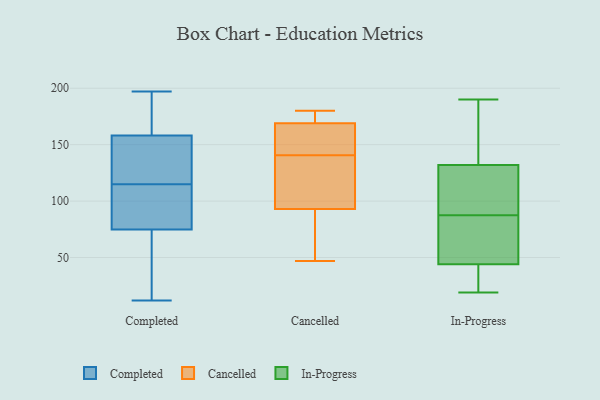
{"axis": {"x": "Production Output", "y": "Value"}, "legend": ["Cancelled", "Completed", "In-Progress"], "data": [{"x": "", "y": 135, "type": "Completed"}, {"x": "", "y": 74, "type": "Completed"}, {"x": "", "y": 28, "type": "Completed"}, {"x": "", "y": 197, "type": "Completed"}, {"x": "", "y": 173, "type": "Completed"}, {"x": "", "y": 153, "type": "Completed"}, {"x": "", "y": 111, "type": "Completed"}, {"x": "", "y": 128, "type": "Completed"}, {"x": "", "y": 84, "type": "Completed"}, {"x": "", "y": 150, "type": "Completed"}, {"x": "", "y": 177, "type": "Completed"}, {"x": "", "y": 115, "type": "Completed"}, {"x": "", "y": 32, "type": "Completed"}, {"x": "", "y": 12, "type": "Completed"}, {"x": "", "y": 83, "type": "Completed"}, {"x": "", "y": 75, "type": "Completed"}, {"x": "", "y": 187, "type": "Completed"}, {"x": "", "y": 104, "type": "Cancelled"}, {"x": "", "y": 180, "type": "Cancelled"}, {"x": "", "y": 156, "type": "Cancelled"}, {"x": "", "y": 125, "type": "Cancelled"}, {"x": "", "y": 167, "type": "Cancelled"}, {"x": "", "y": 61, "type": "Cancelled"}, {"x": "", "y": 93, "type": "Cancelled"}, {"x": "", "y": 169, "type": "Cancelled"}, {"x": "", "y": 47, "type": "Cancelled"}, {"x": "", "y": 173, "type": "Cancelled"}, {"x": "", "y": 24, "type": "In-Progress"}, {"x": "", "y": 20, "type": "In-Progress"}, {"x": "", "y": 132, "type": "In-Progress"}, {"x": "", "y": 124, "type": "In-Progress"}, {"x": "", "y": 145, "type": "In-Progress"}, {"x": "", "y": 84, "type": "In-Progress"}, {"x": "", "y": 114, "type": "In-Progress"}, {"x": "", "y": 91, "type": "In-Progress"}, {"x": "", "y": 72, "type": "In-Progress"}, {"x": "", "y": 40, "type": "In-Progress"}, {"x": "", "y": 120, "type": "In-Progress"}, {"x": "", "y": 190, "type": "In-Progress"}, {"x": "", "y": 62, "type": "In-Progress"}, {"x": "", "y": 135, "type": "In-Progress"}, {"x": "", "y": 166, "type": "In-Progress"}, {"x": "", "y": 47, "type": "In-Progress"}, {"x": "", "y": 44, "type": "In-Progress"}, {"x": "", "y": 19, "type": "In-Progress"}]}